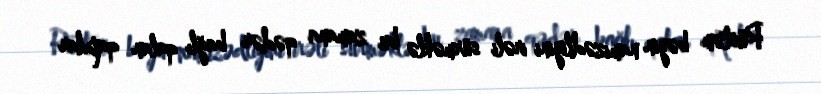
Rüstəm bəyin namizədliyini irəli sürməklə bu zamana qədər bağlı qalan qapılar